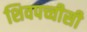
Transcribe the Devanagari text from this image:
शिवपच्चीसी